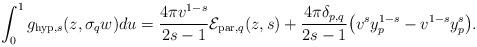
LaTeX: \begin{align*} \int_{0}^{1}g_{\mathrm{hyp},s}(z,\sigma_{q}w)du=\frac{4\pi v^{1-s}}{2s-1}\mathcal{E}_{\mathrm{par},q}(z,s)+\frac{ 4\pi\delta_{p,q}}{2s-1}\big(v^{s}y_{p}^{1-s}-v^{1-s}y_{p}^{s}\big).\end{align*}